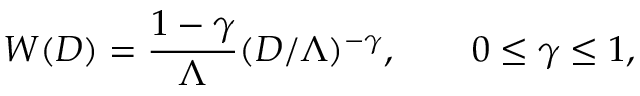
W ( D ) = { \frac { 1 - \gamma } { \Lambda } } ( D / \Lambda ) ^ { - \gamma } , \qquad 0 \leq \gamma \leq 1 ,